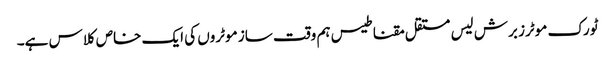
ٹورک موٹرز برش لیس مستقل مقناطیس ہم وقت ساز موٹروں کی ایک خاص کلاس ہے۔